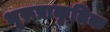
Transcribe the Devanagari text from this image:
भूरूप्राकृतिक